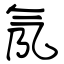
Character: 氖